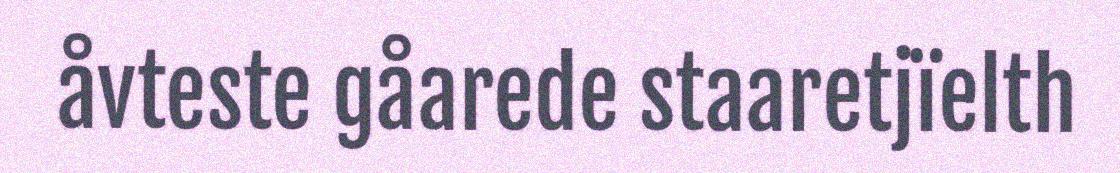
åvteste gåarede staaretjïelth